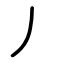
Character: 丿